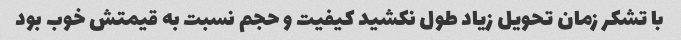
با تشکر زمان تحویل زیاد طول نکشید کیفیت و حجم نسبت به قیمتش خوب بود